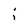
Character: i